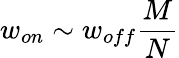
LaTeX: w_{on}\sim w_{off}{\frac{M}{N}}